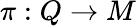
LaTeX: \pi:Q\rightarrow M